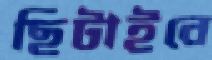
ছিটাইবে